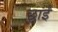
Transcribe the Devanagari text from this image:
छाईं